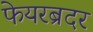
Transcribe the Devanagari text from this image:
फेयरब्रदर